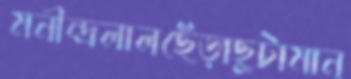
মনীন্দ্রলালছেঁড়াছুটামান